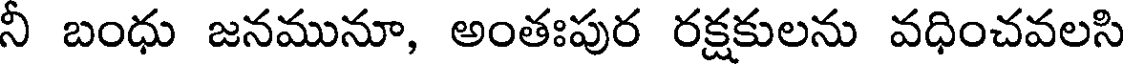
నీ బంధు జనమునూ, అంతఃపుర రక్షకులను వధించవలసి